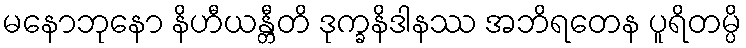
မနောဘုနော နိဟီယန္တီတိ ဒုက္ခနိဒါနဿ အဘိရတေန ပူရိတမ္ပိ